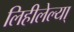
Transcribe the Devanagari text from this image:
लिहीलेल्या्